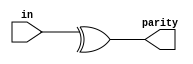
module top_module (
    input [7:0] in,
    output parity); 
    always@(*)
        parity = ^in[7:0];
endmodule